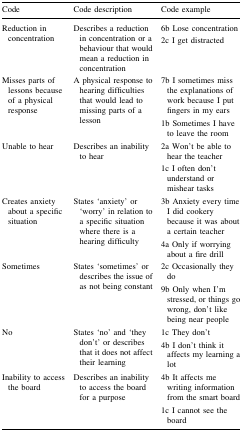
| Code | Code description | Code example |
 | --- | --- | --- |
 | <ROWSPAN=2> Reduction in concentration | <ROWSPAN=2> Describes a reduction in concentration or a behaviour that would mean a reduction in concentration | 6b Lose concentration |
 | 2c I get distracted |
 | <ROWSPAN=2> Misses parts of lessons because of a physical response | <ROWSPAN=2> A physical response to hearing difficulties that would lead to missing parts of a lesson | 7b I sometimes miss the explanations of work because I put fingers in my ears |
 | 1b Sometimes I have to leave the room |
 | <ROWSPAN=2> Unable to hear | <ROWSPAN=2> Describes an inability to hear | 2a Won’t be able to hear the teacher |
 | 1c I often don’t understand or mishear tasks |
 | <ROWSPAN=2> Creates anxiety about a specific situation | <ROWSPAN=2> States ‘anxiety’ or ‘worry’ in relation to a specific situation where there is a hearing difficulty | 3b Anxiety every time I did cookery because it was about a certain teacher |
 | 4a Only if worrying about a fire drill |
 | <ROWSPAN=2> Sometimes | <ROWSPAN=2> States ‘sometimes’ or describes the issue of as not being constant | 2c Occasionally they do |
 | 9b Only when I’m stressed, or things go wrong, don’t like being near people |
 | <ROWSPAN=2> No | <ROWSPAN=2> States ‘no’ and ‘they don’t’ or describes that it does not affect their learning | 1c They don’t |
 | 4b I don’t think it affects my learning a lot |
 | <ROWSPAN=2> Inability to access the board | <ROWSPAN=2> Describes an inability to access the board for a purpose | 4b It affects me writing information from the smart board |
 | 1c I cannot see the board |